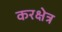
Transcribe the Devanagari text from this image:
करक्षेत्र